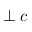
\perp c